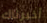
أخبرناك